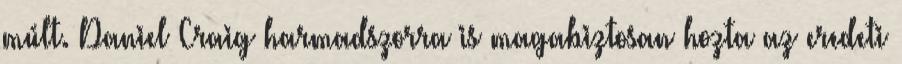
múlt. Daniel Craig harmadszorra is magabiztosan hozta az eredeti